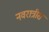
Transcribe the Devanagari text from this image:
नवरात्रीस